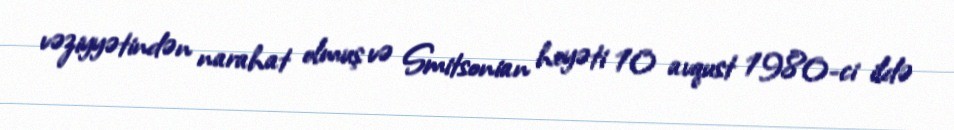
vəziyyətindən narahat olmuş və Smitsonian heyəti 10 avqust 1980-ci ildə